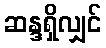
ဆန္ဒရှိလျှင်